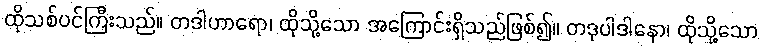
ထိုသစ်ပင်ကြီးသည်။ တဒါဟာရော၊ ထိုသို့သော အကြောင်းရှိသည်ဖြစ်၍။ တဒုပါဒါနော၊ ထိုသို့သော